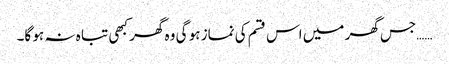
……جس گھر میں اس قسم کی نماز ہو گی وہ گھر کبھی تبا ہ نہ ہو گا۔